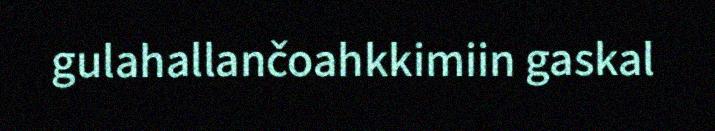
gulahallančoahkkimiin gaskal